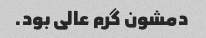
دمشون گرم عالی بود.